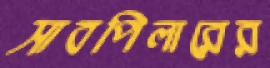
সাবপিলারের